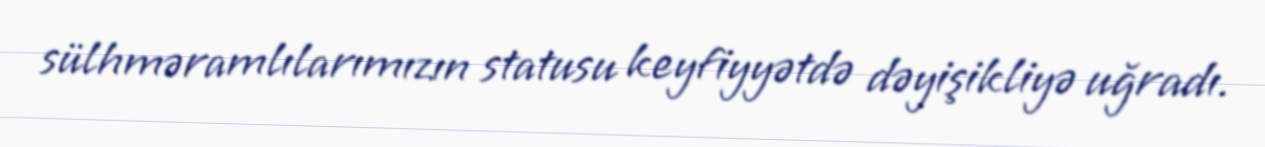
sülhməramlılarımızın statusu keyfiyyətdə dəyişikliyə uğradı.